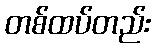
တစ်ထပ်တည်း